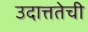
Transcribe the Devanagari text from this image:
उदात्ततेची